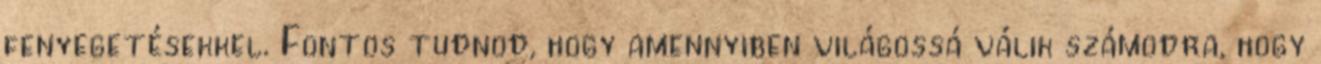
fenyegetésekkel. Fontos tudnod, hogy amennyiben világossá válik számodra, hogy